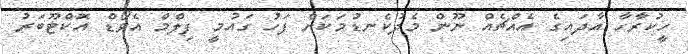
ހީކުރާހާ އާދައިގެ އެއްޗެއް ނޫން މެދުކެނޑުމަކަށް ފަހު ގައުމީ ފިލްމް އެވޯޑް އޮކްޓޫބަރު